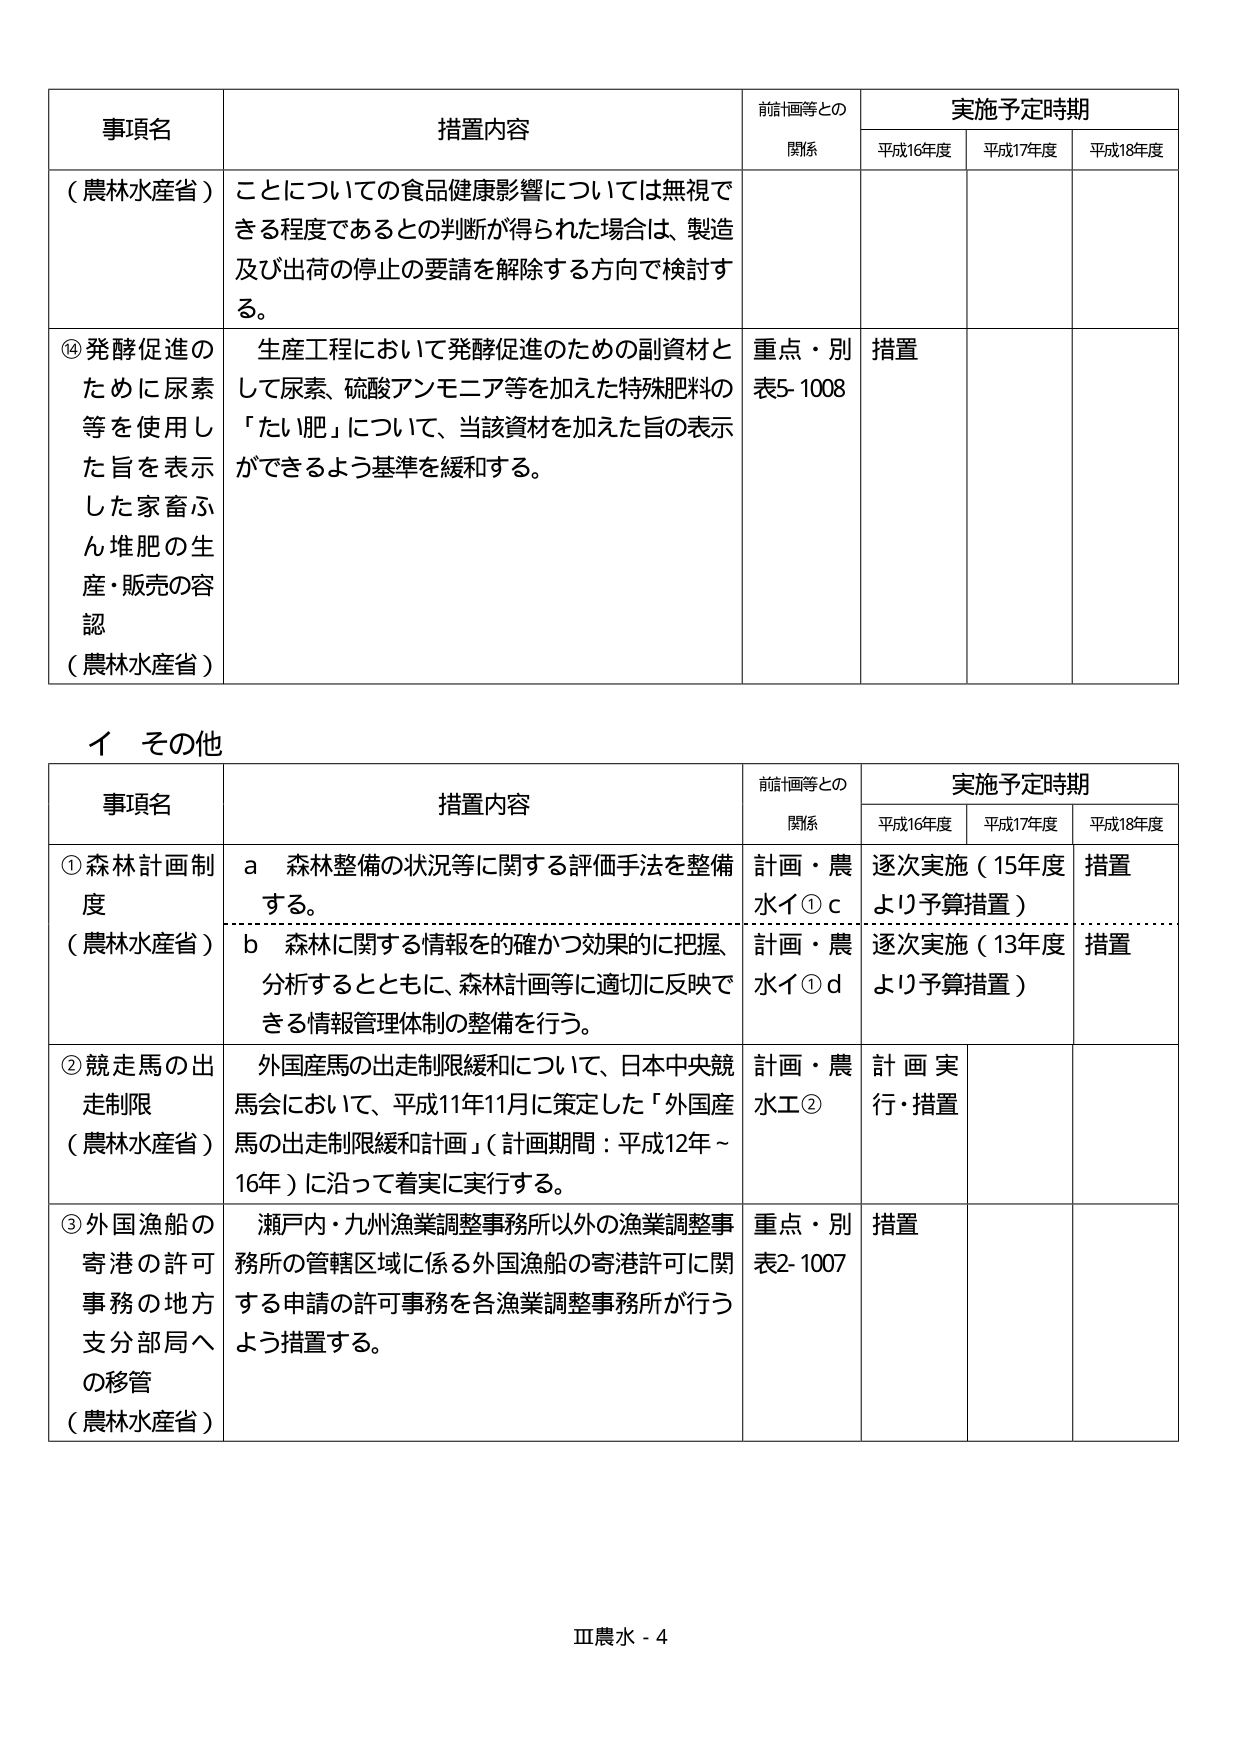
事項名
措置内容
前計画等との
関係
実施予定時期
平成16年度
平成17年度
平成18年度
（農林水産省）
ことについての食品健康影響については無視できる程度であるとの判断が得られた場合は、製造及び出荷の停止の要請を解除する方向で検討する。
⑭発酵促進のために尿素等を使用した旨を表示した家畜ふん堆肥の生産・販売の容認
（農林水産省）
生産工程において発酵促進のための副資材として尿素、硫酸アンモニア等を加えた特殊肥料の「たい肥」について、当該資材を加えた旨の表示ができるよう基準を緩和する。
重点・別表5-1008
措置
イ その他
事項名
措置内容
前計画等との
関係
実施予定時期
平成16年度
平成17年度
平成18年度
①森林計画制度
（農林水産省）
a 森林整備の状況等に関する評価手法を整備する。
計画・農水イ①c
逐次実施（15年度より予算措置）
措置
b 森林に関する情報を的確かつ効果的に把握、分析するとともに、森林計画等に適切に反映できる情報管理体制の整備を行う。
計画・農水イ①d
逐次実施（13年度より予算措置）
措置
②競走馬の出走制限
（農林水産省）
外国産馬の出走制限緩和について、日本中央競馬会において、平成11年11月に策定した「外国産馬の出走制限緩和計画」（計画期間：平成12年～16年）に沿って着実に実行する。
計画・農水工②
計画実行・措置
③外国漁船の寄港の許可事務の地方支分部局への移管
（農林水産省）
瀬戸内・九州漁業調整事務所以外の漁業調整事務所の管轄区域に係る外国漁船の寄港許可に関する申請の許可事務を各漁業調整事務所が行うよう措置する。
重点・別表2-1007
措置
Ⅲ農水 - 4